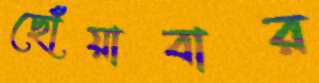
ছোঁয়াবার